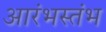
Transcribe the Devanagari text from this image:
आरंभस्तंभ